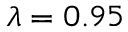
\lambda = 0 . 9 5